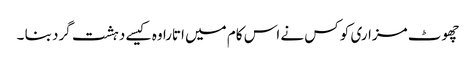
چھوٹ مزاری کو کس نے اس کام میں اتارا وہ کیسے دہشت گرد بنا ۔